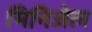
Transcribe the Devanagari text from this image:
मिनिजेल